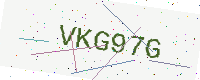
Text: VKG97G